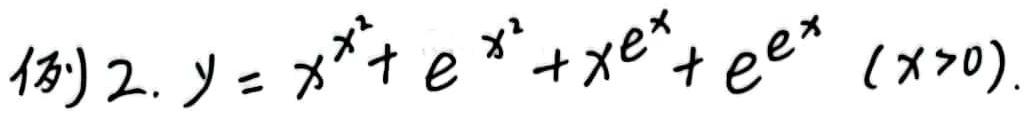
例2. $y = x^{x^2}+e^{x^2}+xe^{x}+e^{e^{x}}\ (x>0)$.